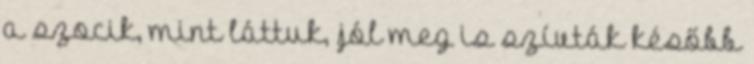
a szocik, mint láttuk, jól meg is szívták később